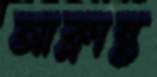
আক্লান্ত